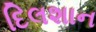
દિલશાન